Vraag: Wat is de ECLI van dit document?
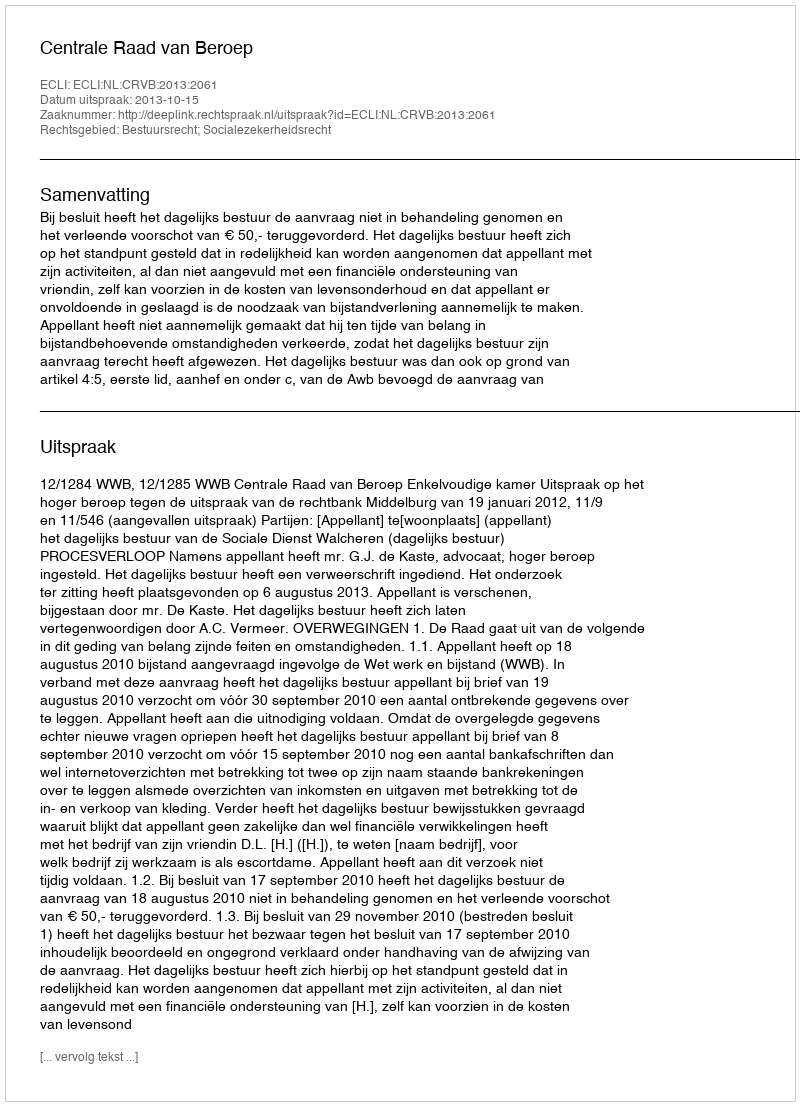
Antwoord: ECLI:NL:CRVB:2013:2061